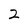
Character: 2